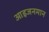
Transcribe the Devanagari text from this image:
आइजनमान